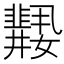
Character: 𱙲